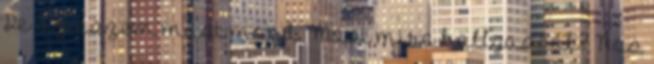
De az eszem mást mond. Most mire hallgassak? Nos